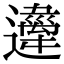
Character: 𨘇